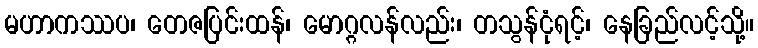
မဟာကဿပ၊ တေဇပြင်းထန်၊ မောဂ္ဂလန်လည်း၊ တသွန်ငုံရင့်၊ နေခြည်လင့်သို့။